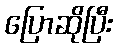
ပြောဆိုပြီး